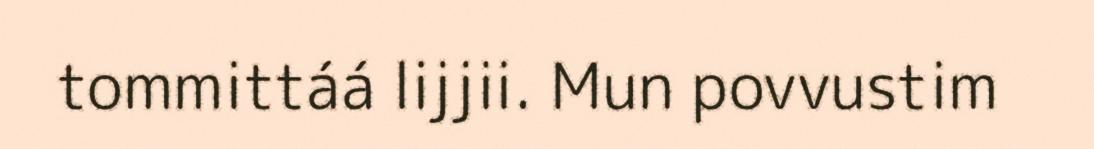
tommittáá lijjii. Mun povvustim